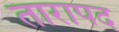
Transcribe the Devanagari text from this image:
तारापद